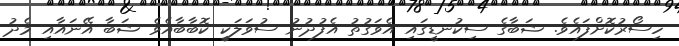
ހިސޯރުކޮށްފައެވެ. ޝަބާގެ ސިކުނޑީގައި އެވަގުތު އެފުދުނު ސުވަލަކީ ކޮބާބާއެވެ ޝަބާ އޭނައާއި މެދު